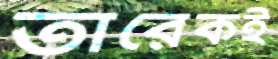
তারেকই